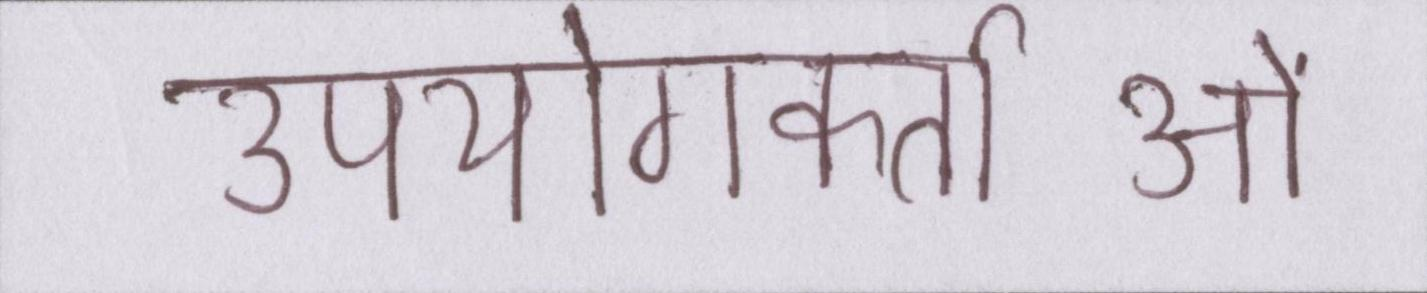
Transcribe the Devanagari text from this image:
उपयोगकर्ताओं